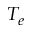
T _ { e }